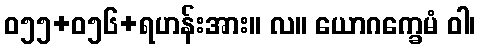
ဝ၅၅+၀၅၆+ရဟန်းအား။ လ။ ယောဂက္ခေမံ ဝါ၊